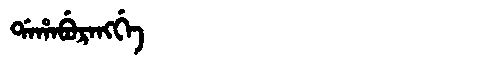
Manchu: ᡩᠠᡥᠠᠪᡠᡵᠠᠩᡤᡝ
Romanization: DAHABURANGGE